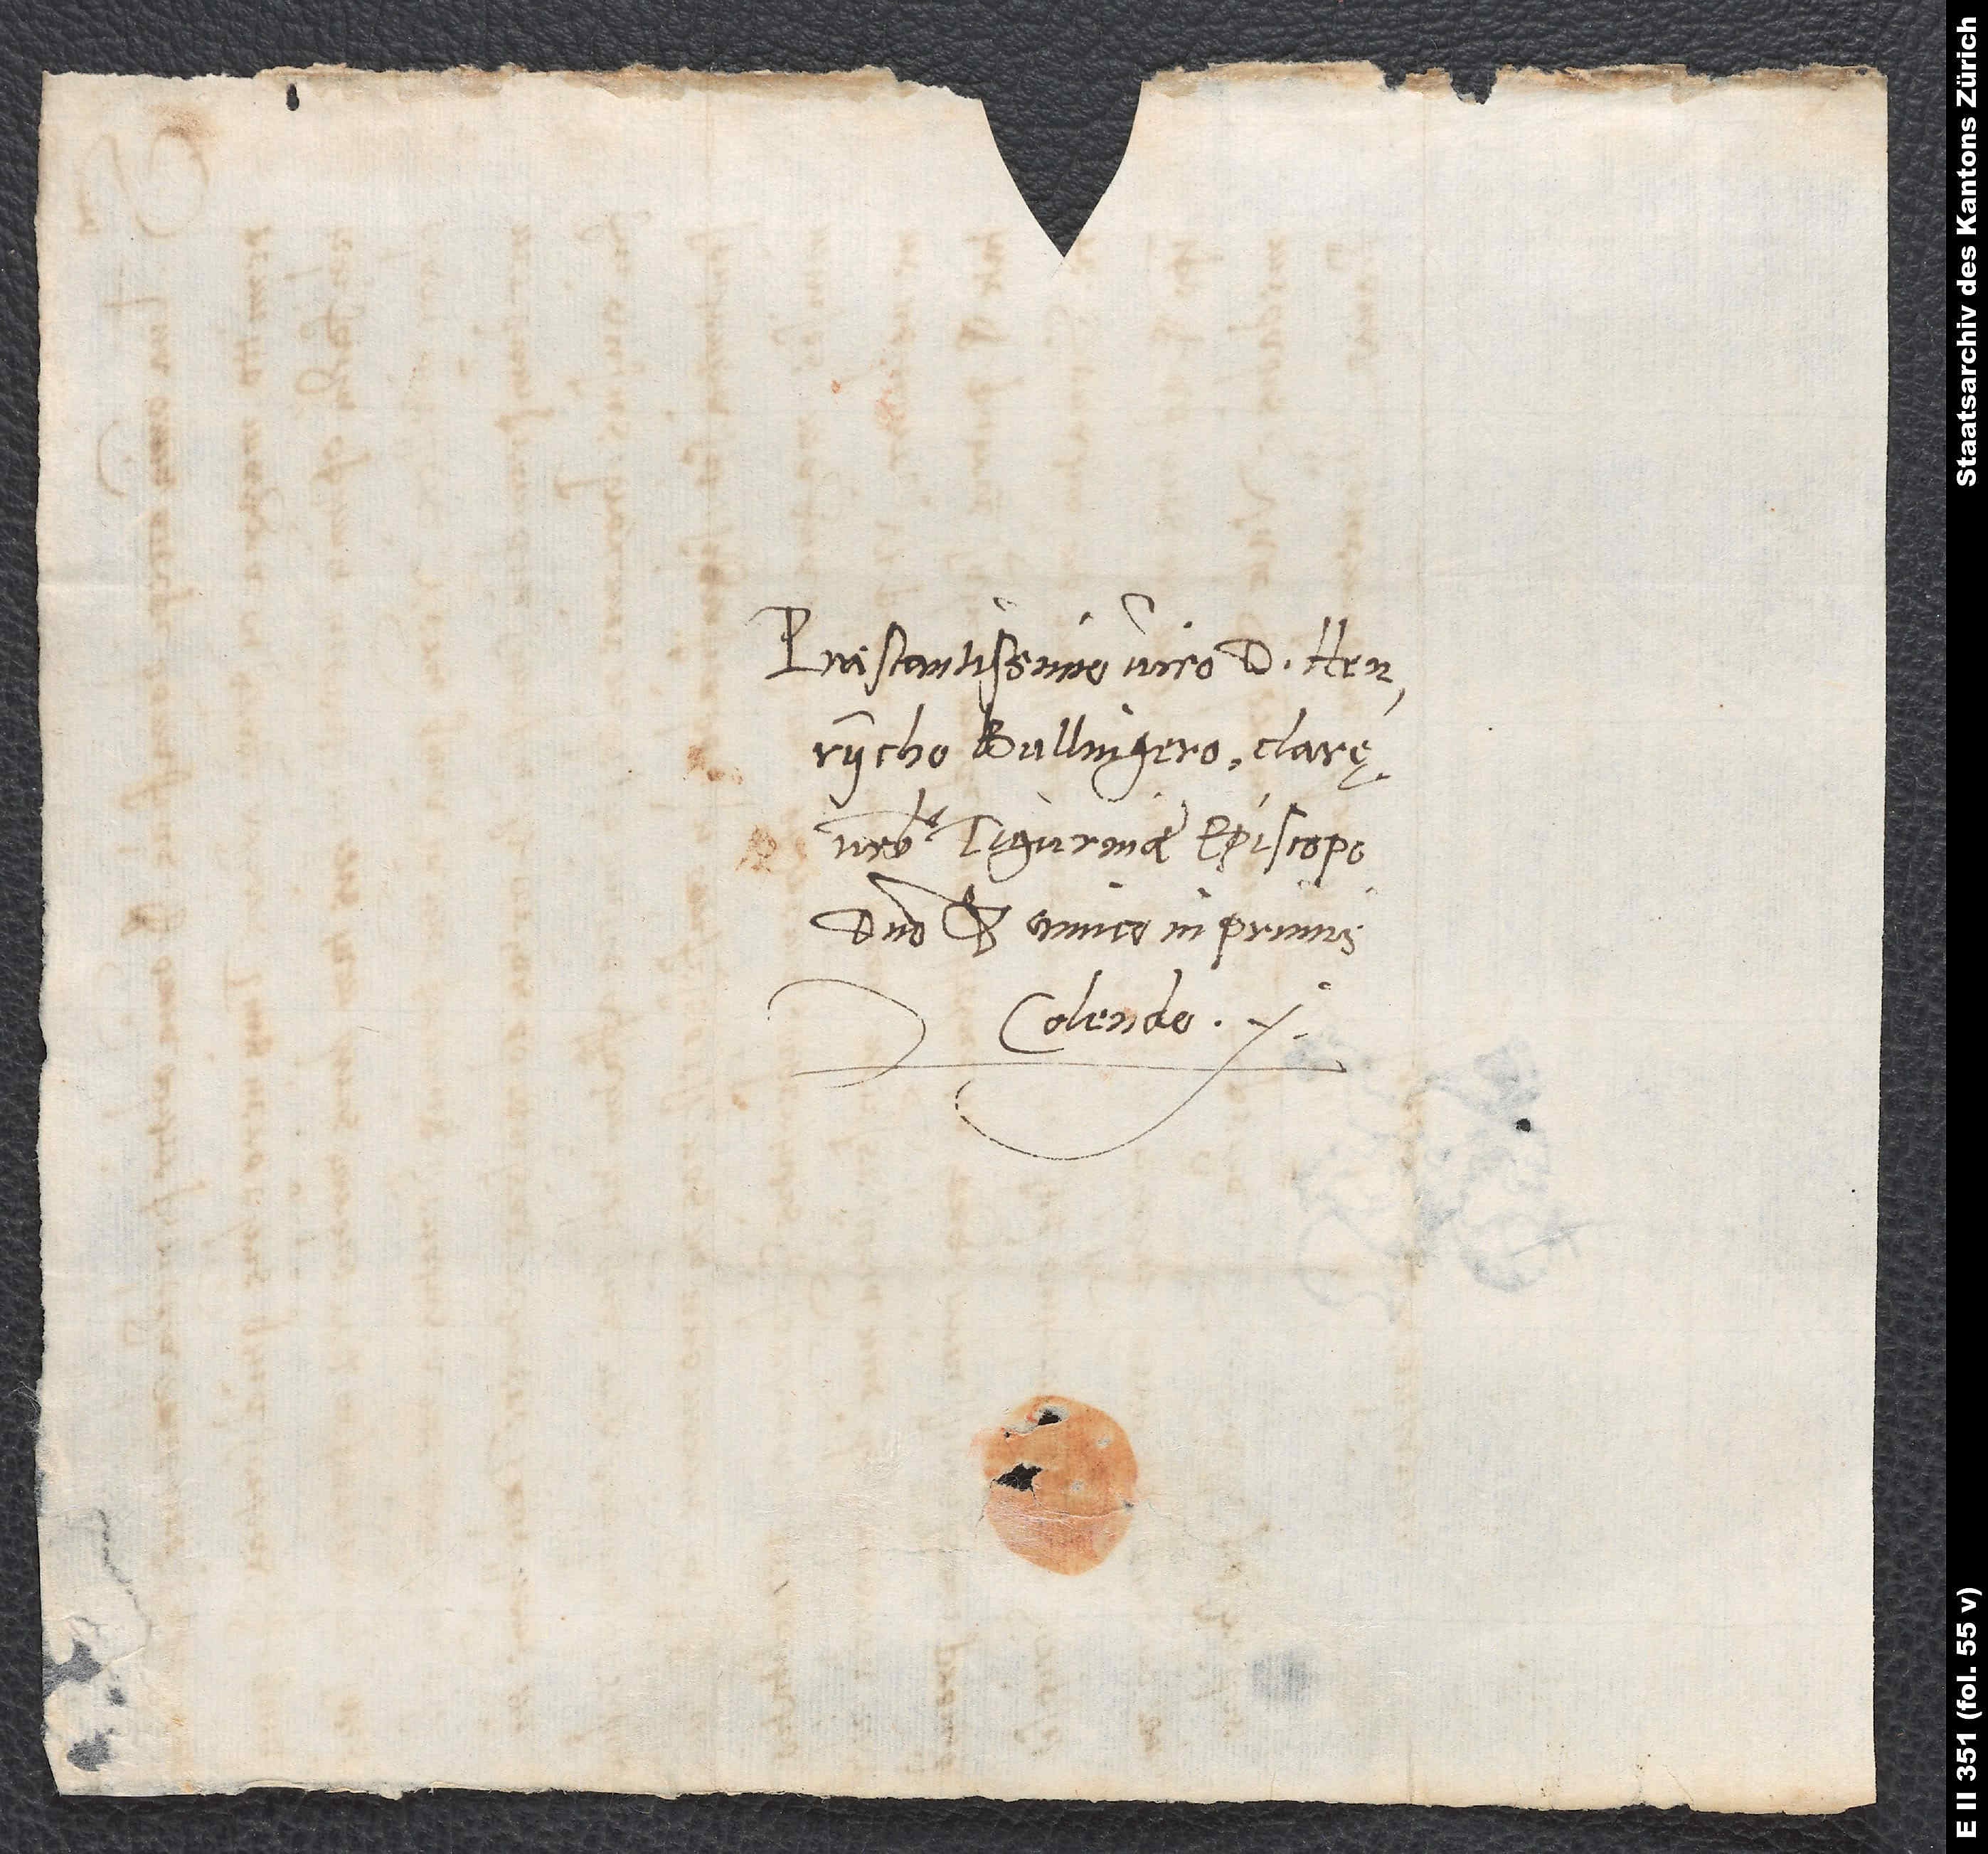
Praestantissimo viro d. Henrycho
Bullingero, clarę
urbis Tiguninae episcopo,
domino et amico inprimis
colendo.